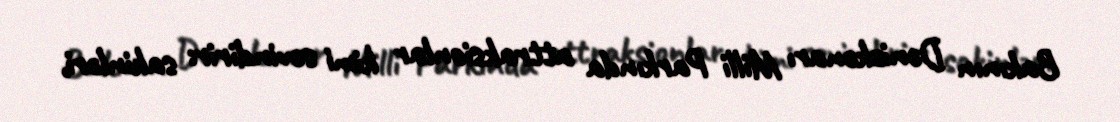
Bakının Dənizkənarı Milli Parkında attraksionlar kimi sevindirir: sakinləri,